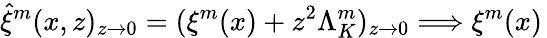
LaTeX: \hat{\xi}^{m}(x,z)_{z\rightarrow 0}=(\xi^{m}(x)+z^{2}\Lambda_{K}^{m})_{z\rightarrow 0}\Longrightarrow\xi^{m}(x)\,